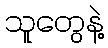
သူတွေနဲ့